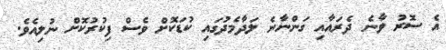
އެ ސޮރު ވާނެ ދެރައާއި ގަންނާނެ ލަދާމެދުގައި ކުޑަކޮށް ވެސް ފިކުރުކޮށް ނުލިއެވެ.